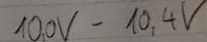
Text: 10,0V-10,4V